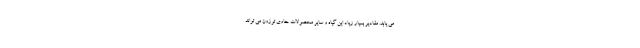
می یابد. مقادیر بسیار زیاد این گیاه و سایر محصولات حاوی توژون می تواند